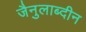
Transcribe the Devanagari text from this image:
जैनुलाब्दीन